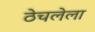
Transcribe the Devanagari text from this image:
ठेचलेला